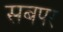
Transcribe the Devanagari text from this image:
सबपर